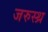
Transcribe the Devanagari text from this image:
जरुस्थ्र